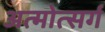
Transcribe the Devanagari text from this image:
अत्मोत्सर्ग